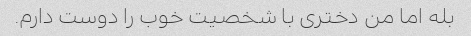
بله اما من دختری با شخصیت خوب را دوست دارم.